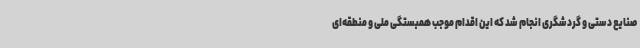
صنایع دستی و گردشگری انجام شد که این اقدام موجب همبستگی ملی و منطقه‌ای